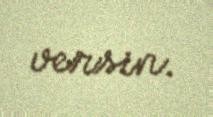
versin.